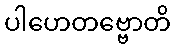
ပါဟေတဗ္ဗောတိ